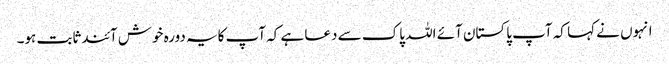
انہوں نے کہا کہ آپ پاکستان آئے اللہ پاک سے دعا ہے کہ آپ کایہ دورہ خوش آئندثابت ہو۔